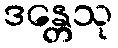
ဒန္တေသု